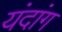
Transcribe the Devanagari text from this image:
यंदांग